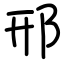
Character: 邢